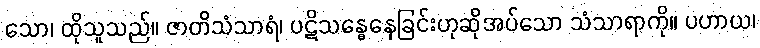
သော၊ ထိုသူသည်။ ဇာတိသံသာရံ၊ ပဋိသန္ဓေနေခြင်းဟုဆိုအပ်သော သံသာရာကို။ ပဟာယ၊